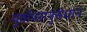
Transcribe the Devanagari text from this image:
पूर्वापरानुसंधान